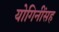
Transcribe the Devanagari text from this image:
योगिनींसह